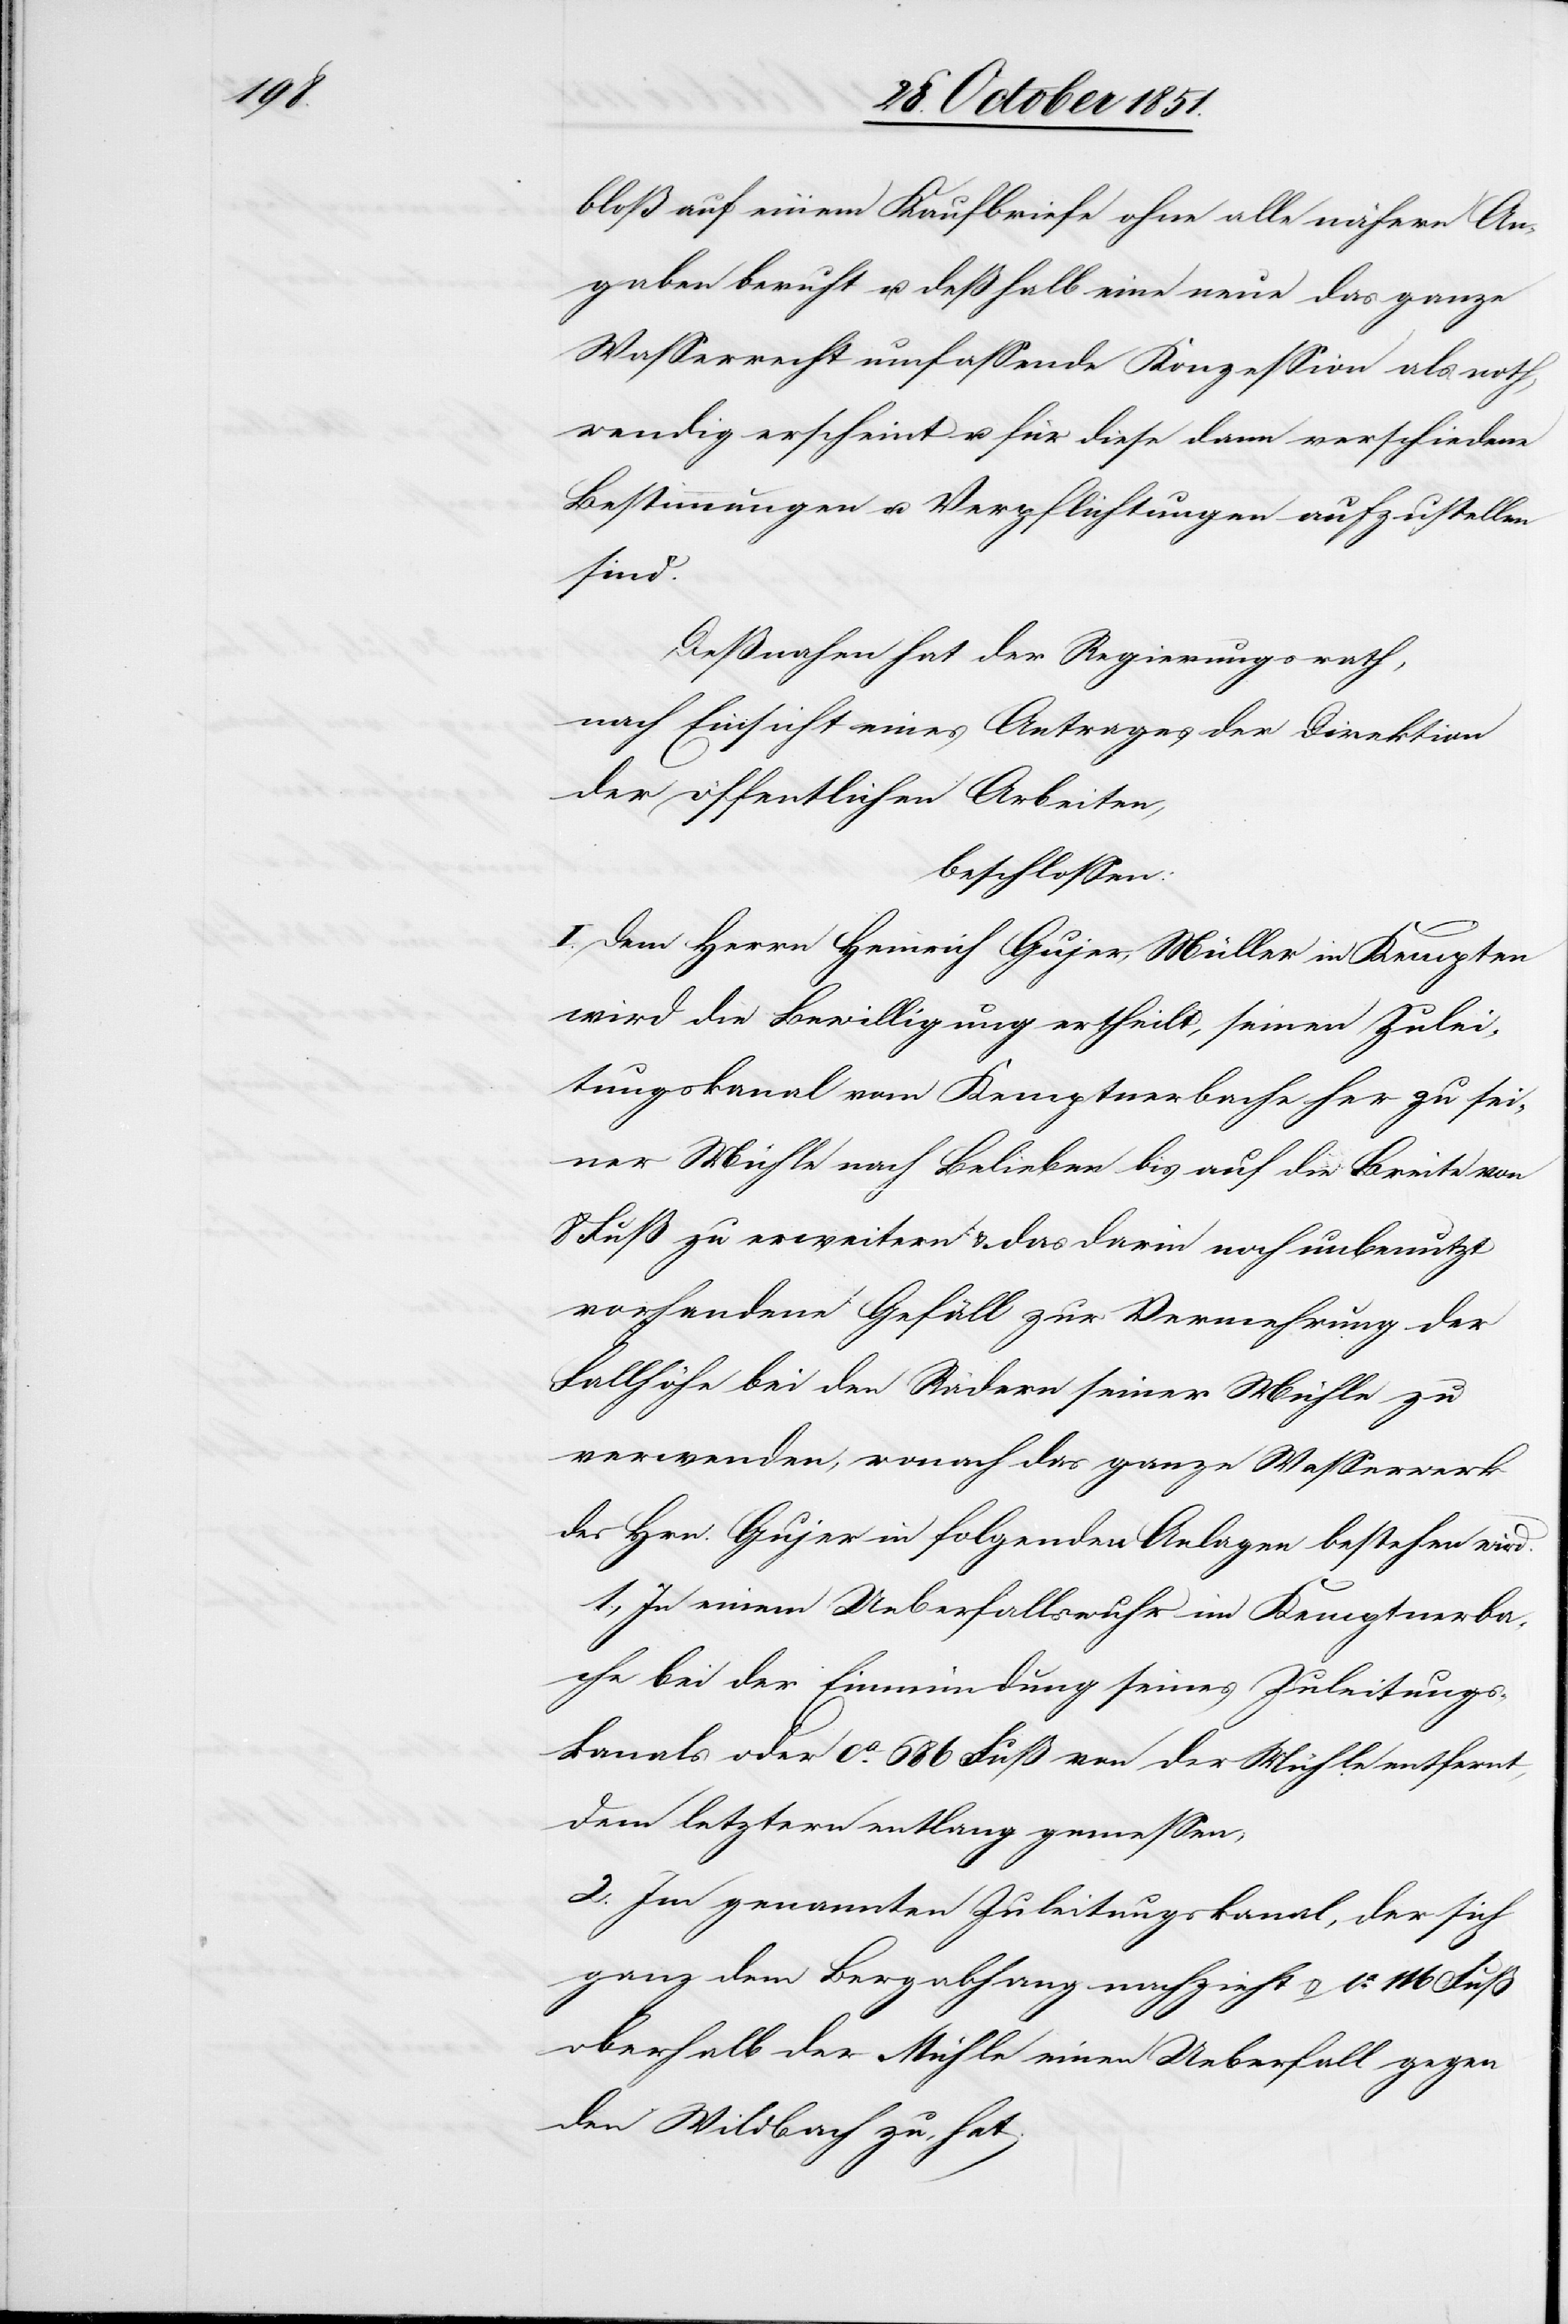
bloß auf einem Kaufbriefe ohne alle nähern An¬
gaben beruht u. deßhalb eine neue das ganze
Wasserrecht umfassende Konzession als noth¬
wendig erscheint u. für diese dann verschiedene
Bestimmungen u. Verpflichtungen aufzustellen
sind.
Deßnahen hat der Regierungsrath,
nach Einsicht eines Antrages der Direktion
der öffentlichen Arbeiten,
beschlossen:
I. Dem Herrn Heinrich Gujer, Müller in Kempten
wird die Bewilligung ertheilt, seinen Zulei¬
tungskanal vom Kemptnerbache her zu sei¬
ner Mühle nach Belieben bis auf die Breite von
8 Fuß zu erweitern & das darin noch unbenutzt
vorhandene Gefäll zur Vermehrung der
Fallhöhe bei den Rädern seiner Mühle zu
verwenden, wonach das ganze Wasserwerk
des Hrn. Gujer in folgenden Anlagen bestehen wird.
1., In einem Ueberfallswuhr im Kemptnerba¬
che bei der Einmündung seines Zuleitungs¬
kanals oder ca. 686 Fuß von der Mühle entfernt,
dem letztern entlang gemessen;
2. Im genannten Zuleitungskanal, der sich
ganz dem Bergabhang nachzieht [?&] ca. 116 Fuß
oberhalb der Mühle einen Ueberfall gegen
den Wildbach zu, hat.